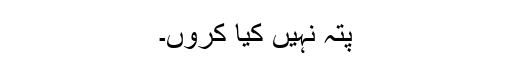
پتہ نہیں کیا کروں۔